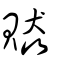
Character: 贆